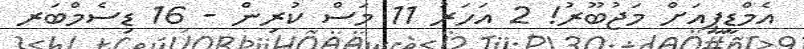
އެމްޑީޕީއަށް މަޖުބޫރު! 2 އަހަރު 11 މަސް ކުރިން - 16 ޑިސެމްބަރ